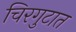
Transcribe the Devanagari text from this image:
चिरगुटात